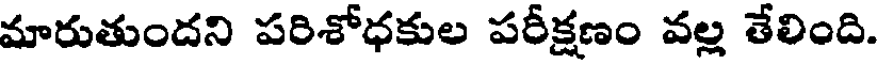
మారుతుందని పరిశోధకుల పరీక్షణం వల్ల తేలింది.